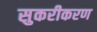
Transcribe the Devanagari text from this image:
सुकरीकरण